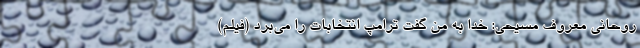
روحانی معروف مسیحی: خدا به من گفت ترامپ انتخابات را می‌برد (فیلم)